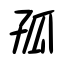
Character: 孤